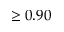
\geq 0 . 9 0